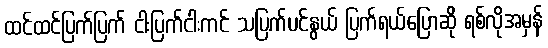
ထင်ထင်ပြက်ပြက် ငါးပြက်ငါးကင် သပြက်ပင်နွယ် ပြက်ရယ်ပြောဆို ရစ်လိုအမှန်